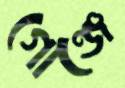
গোঞ্জে